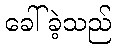
ခေါ်ခဲ့သည်